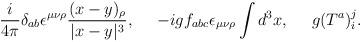
LaTeX: \begin{align*}{i\over 4\pi} \delta_{ab}\epsilon^{\mu\nu\rho}{(x-y)_\rho\over |x-y|^3}, \,\,\,\,\,\,\,\,-i g f_{abc} \epsilon_{\mu\nu\rho} \int d^3x , \,\,\,\,\,\,\,\,g (T^a)_i^j.\end{align*}